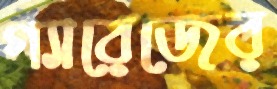
গ্যারেজের